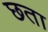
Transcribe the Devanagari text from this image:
छता